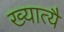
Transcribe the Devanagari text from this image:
ख्यात्यै